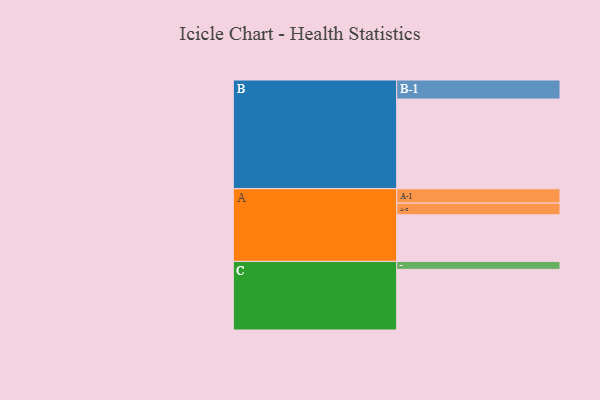
{"axis": {"x": "Segment", "y": "Value"}, "legend": ["", "A", "B", "C"], "data": [{"x": "A", "y": 310, "type": ""}, {"x": "B", "y": 597, "type": ""}, {"x": "C", "y": 404, "type": ""}, {"x": "A-1", "y": 96, "type": "A"}, {"x": "A-2", "y": 78, "type": "A"}, {"x": "B-1", "y": 127, "type": "B"}, {"x": "C-1", "y": 53, "type": "C"}]}